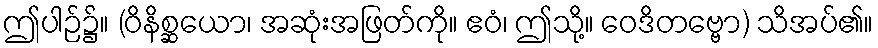
ဤပါဉ်၌။ (ဝိနိစ္ဆယော၊ အဆုံးအဖြတ်ကို။ ဧဝံ၊ ဤသို့။ ဝေဒိတဗ္ဗော) သိအပ်၏။